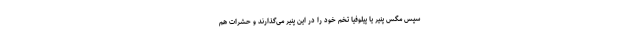
سپس مگس پنیر یا پیلوفیا تخم خود را در این پنیر می‌گذارند و حشرات هم